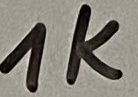
Text: 1K